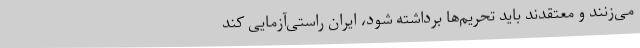
می‌زنند و معتقدند باید تحریم‌ها برداشته شود، ایران راستی‌آزمایی کند